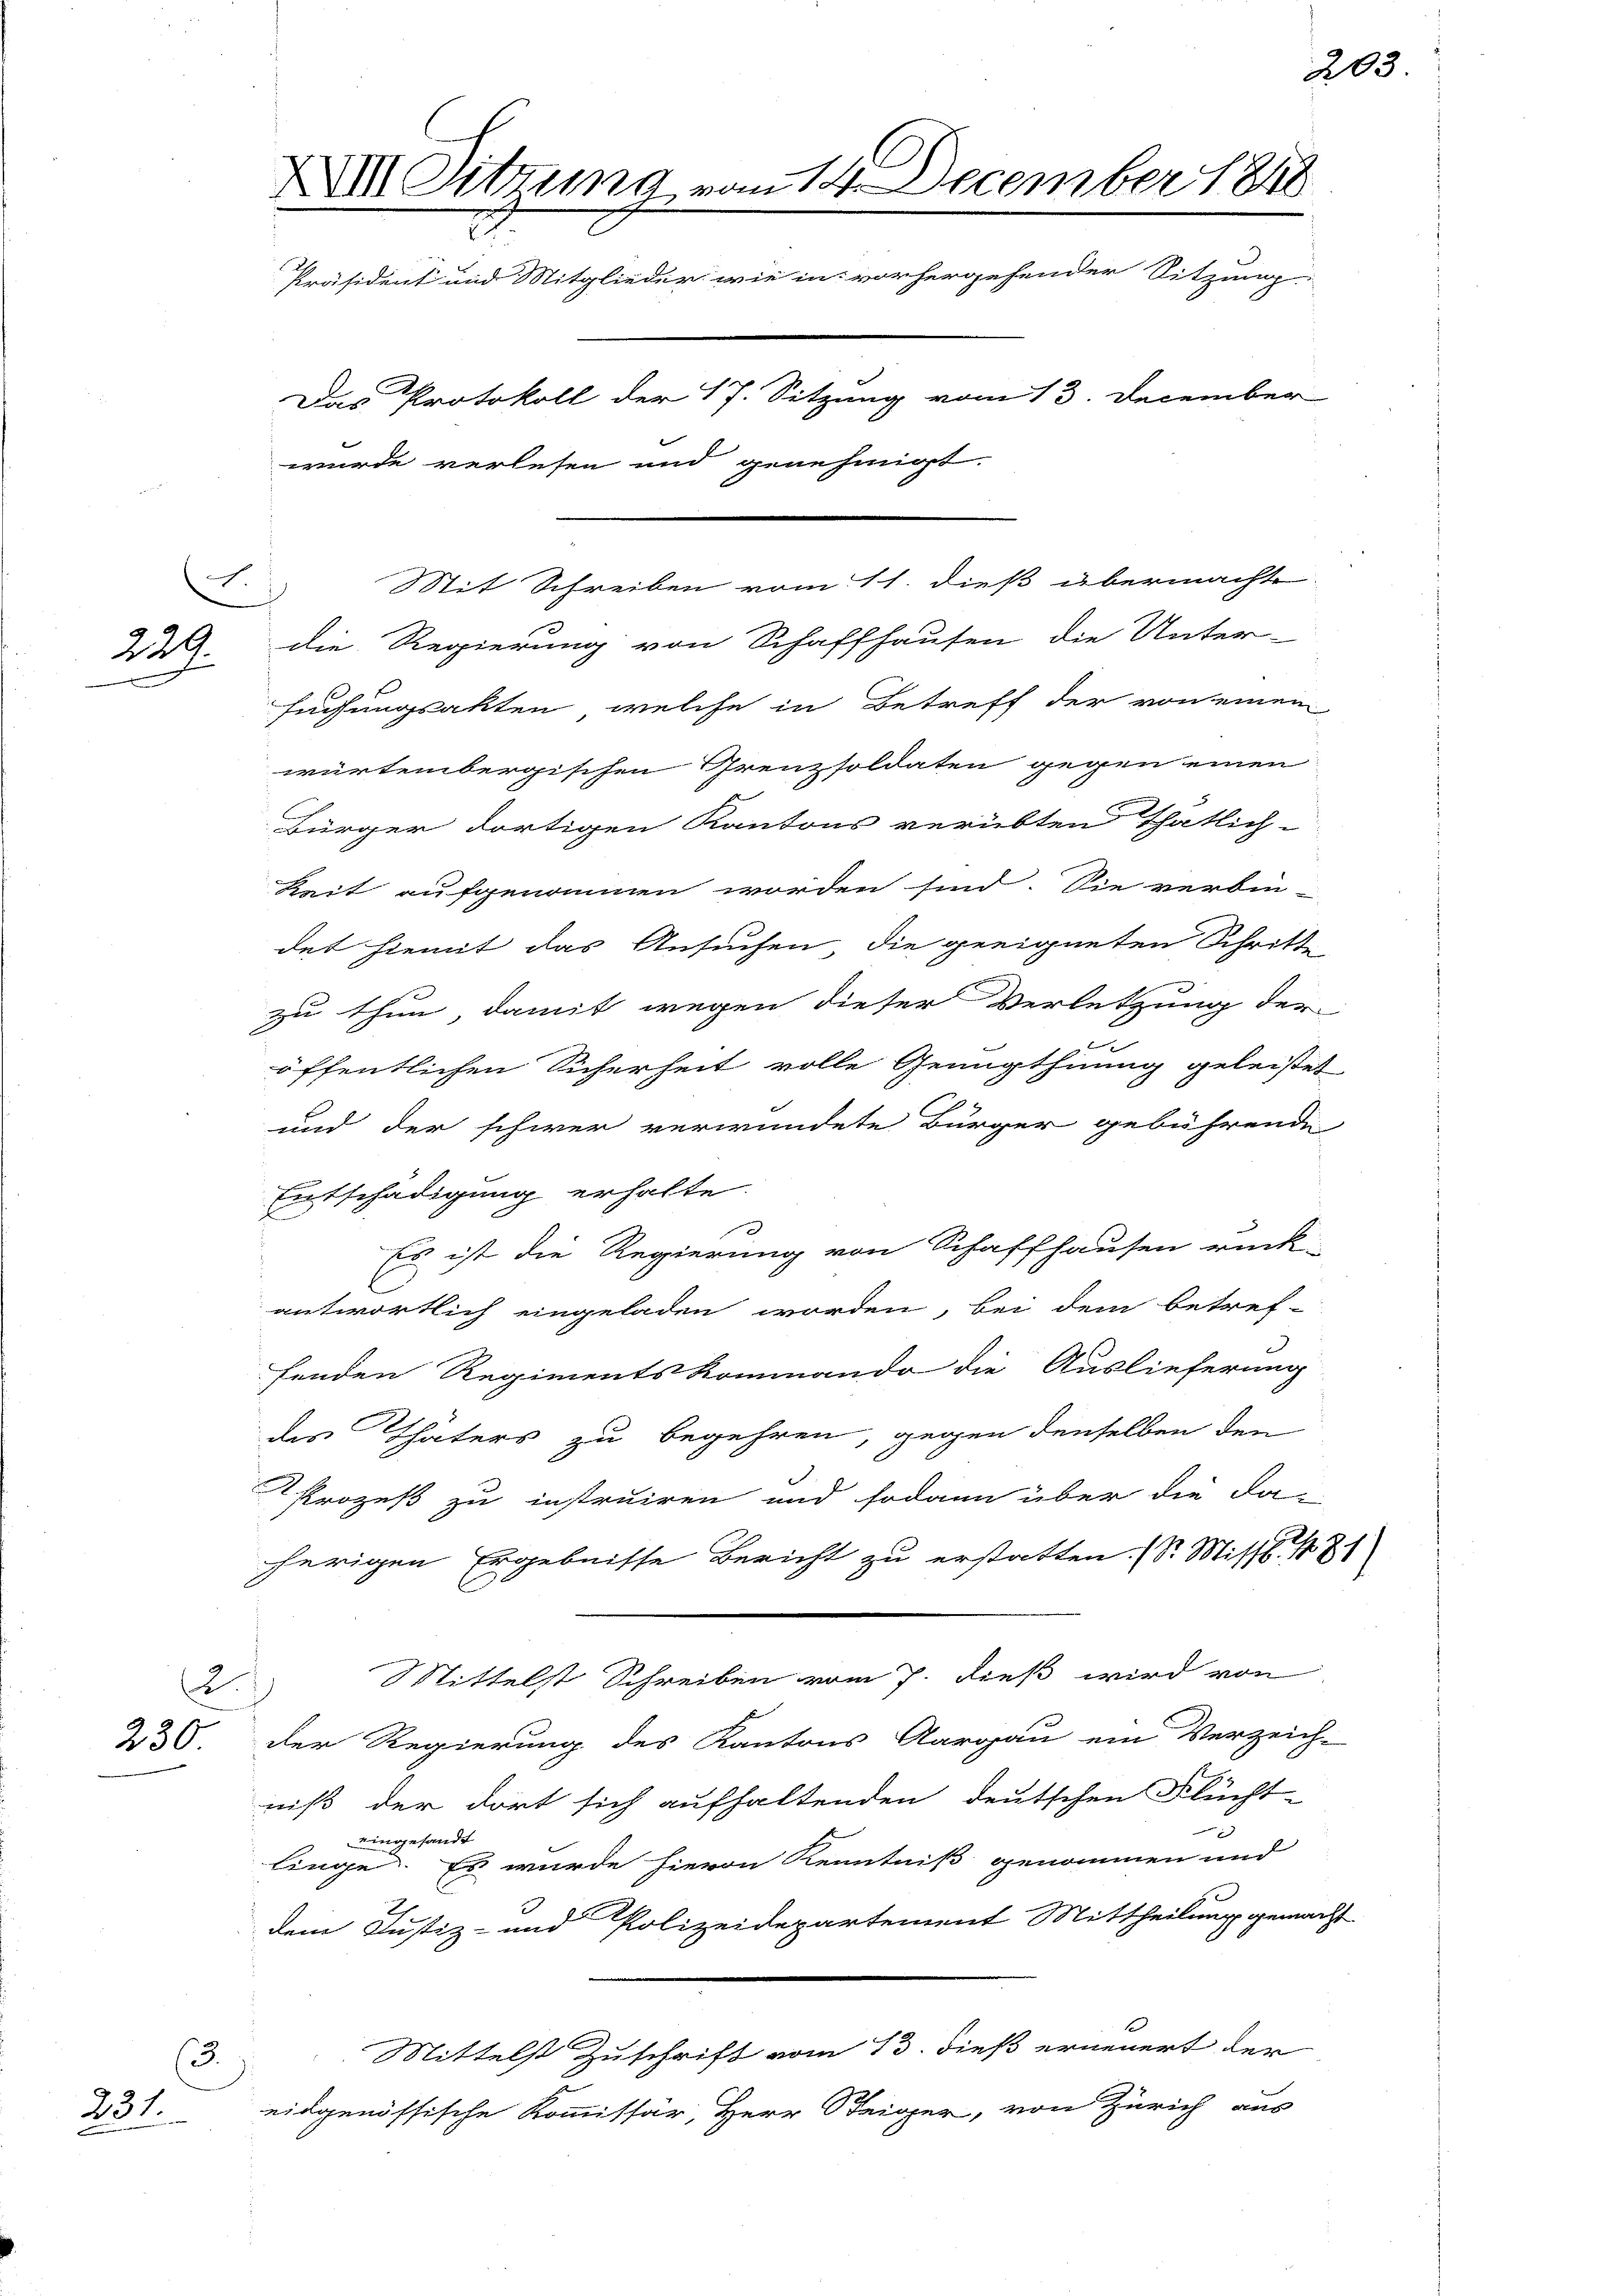
230.

231.

ch

3.

XXIII Sitzung vom 14. December 1848
Präsident und Mitglieder wie in vorhergehender Sitzung
Das Protokoll der 17. Sitzung vom 13. December
wurde verlesen und genehmigt.

würtembergischen Prenzsoldaten gegen einen

205

Mit Schreiben vom 11. dieß übermachte
22. die Regierung von Schaffhausen die Unter-
suchungsakten, welche in Betreff der von einem
Bürger dortigen Kantons verübten Thätlich-
Zeit aufgenommen worden sind. Sie verbin-
det hiemit das Ansuchen die geeigneten Schritte
zu thun, damit wegen dieser Verletzung der
u
öffentlichen Sicherheit volle Genugthuung geleistet,
und der schwer verwundete Bürger gebührende
Entschädigung erhalte.
Es ist die Regierung von Schaffhausen rück-
antwortlich eingeladen worden, bei dem betref-
henden Regimentskommando die Auslieferung
des Thaters zu begehren, gegen denselben den
Prozeß zu instruiren und sodann über die da-
herigen Ergebnisse Bericht zu erstatten. (S. Missb. 181
Mittelst Schreiben vom 7. dieß wird von
2.
der Regierung des Kantons Aargau ein Verzeich-
niß der dort sich aufhaltenden deutschen Flücht-
nen
eingesandt
linge. Es wurde hievon Kenntniß genommen und
dem Justiz- und Polizeidepartement Mittheilung gemacht
Mittelst Zuschrift vom 13. dieß erneuert der
eidgenössische Kommissär, Herr Steiger, von Zürich aus